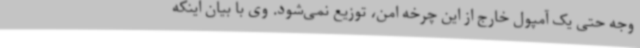
وجه حتی یک آمپول خارج از این چرخه امن، توزیع نمی‌شود. وی با بیان اینکه